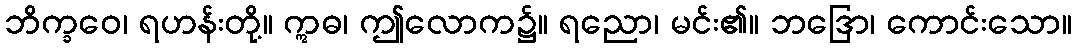
ဘိက္ခဝေ၊ ရဟန်းတို့။ ဣဓ၊ ဤလောက၌။ ရညော၊ မင်း၏။ ဘဒြော၊ ကောင်းသော။